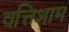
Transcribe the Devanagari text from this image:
वत्तिशाम